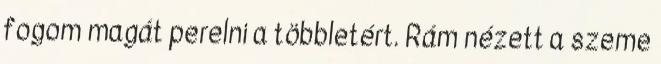
fogom magát perelni a többletért. Rám nézett a szeme